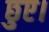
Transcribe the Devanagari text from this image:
छुए।